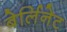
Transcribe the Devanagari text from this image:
बेर्लिनेट